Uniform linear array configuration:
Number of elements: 16
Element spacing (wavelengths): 0.5
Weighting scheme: cosine
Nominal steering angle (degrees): -15
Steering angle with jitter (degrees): -14.449
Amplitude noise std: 0.05
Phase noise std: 0.05

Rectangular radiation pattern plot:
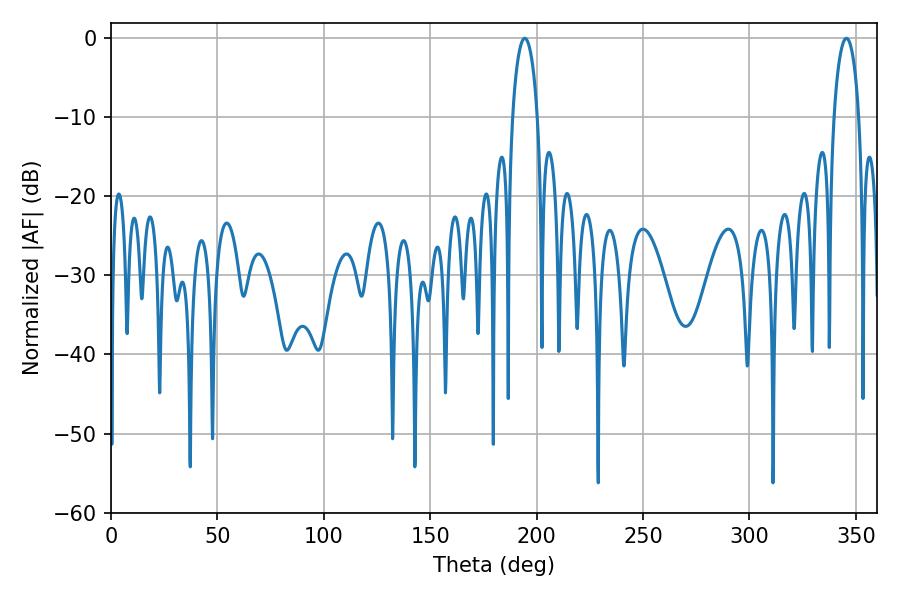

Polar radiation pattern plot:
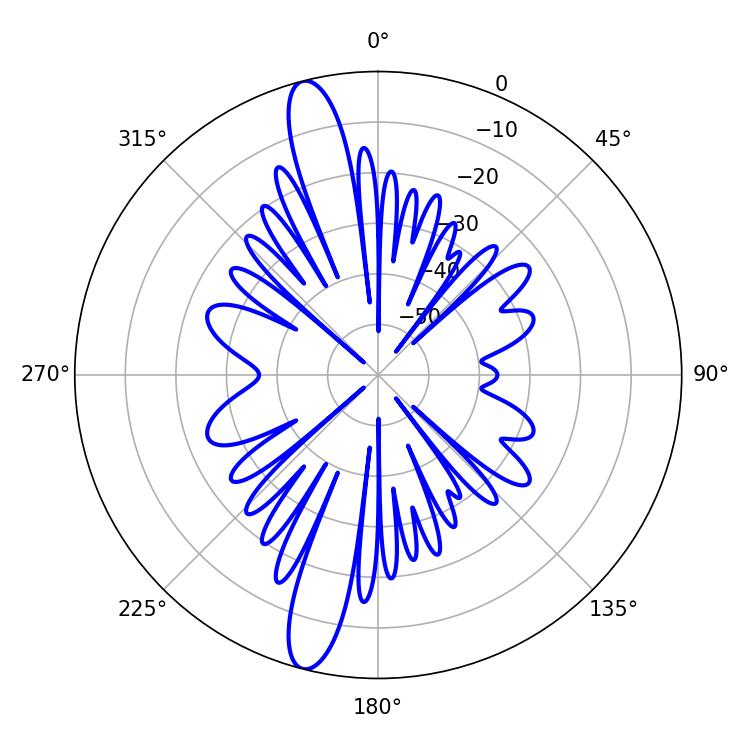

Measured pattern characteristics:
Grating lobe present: FALSE
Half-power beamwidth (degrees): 6.66
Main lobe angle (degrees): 194.4